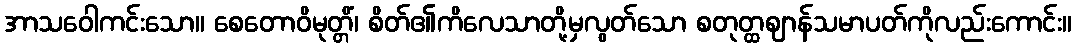
အာသဝေါကင်းသော။ စေတောဝိမုတ္တိံ၊ စိတ်၏ကိလေသာတို့မှလွတ်သော စတုတ္ထဈာန်သမာပတ်ကိုလည်းကောင်း။